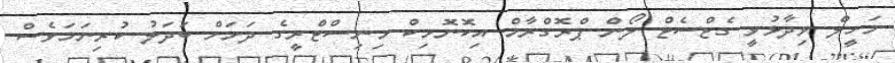
މަހީލް ވިދާޅުވީ ގެޓްސެޓް ލޯން ޕްރޮގްރާމް އިކޮނޮމިކް މިނިސްޓްރީގެ ދަށަށް ބަދަލު ކުރިނަމަވެސް